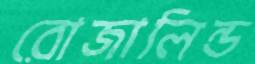
রোজালিন্ড